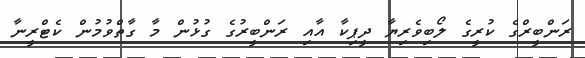
ރަންބީރްގެ ކުރީގެ ލޯބިވެރިޔާ ދީޕިކާ އާއި ރަންބީރުގެ ގުޅުން މާ ގާތްވުމުން ކެޓްރީނާ